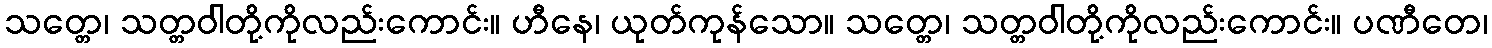
သတ္တေ၊ သတ္တဝါတို့ကိုလည်းကောင်း။ ဟီနေ၊ ယုတ်ကုန်သော။ သတ္တေ၊ သတ္တဝါတို့ကိုလည်းကောင်း။ ပဏီတေ၊